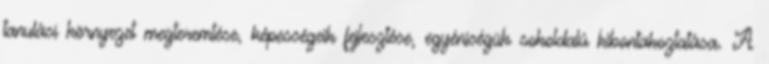
tanulási környezet megteremtése, képességeik fejlesztése, egyéniségük sokoldalú kibontakoztatása. A